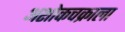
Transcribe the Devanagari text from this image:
अशोकचक्राला